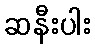
ဆနီးပါး